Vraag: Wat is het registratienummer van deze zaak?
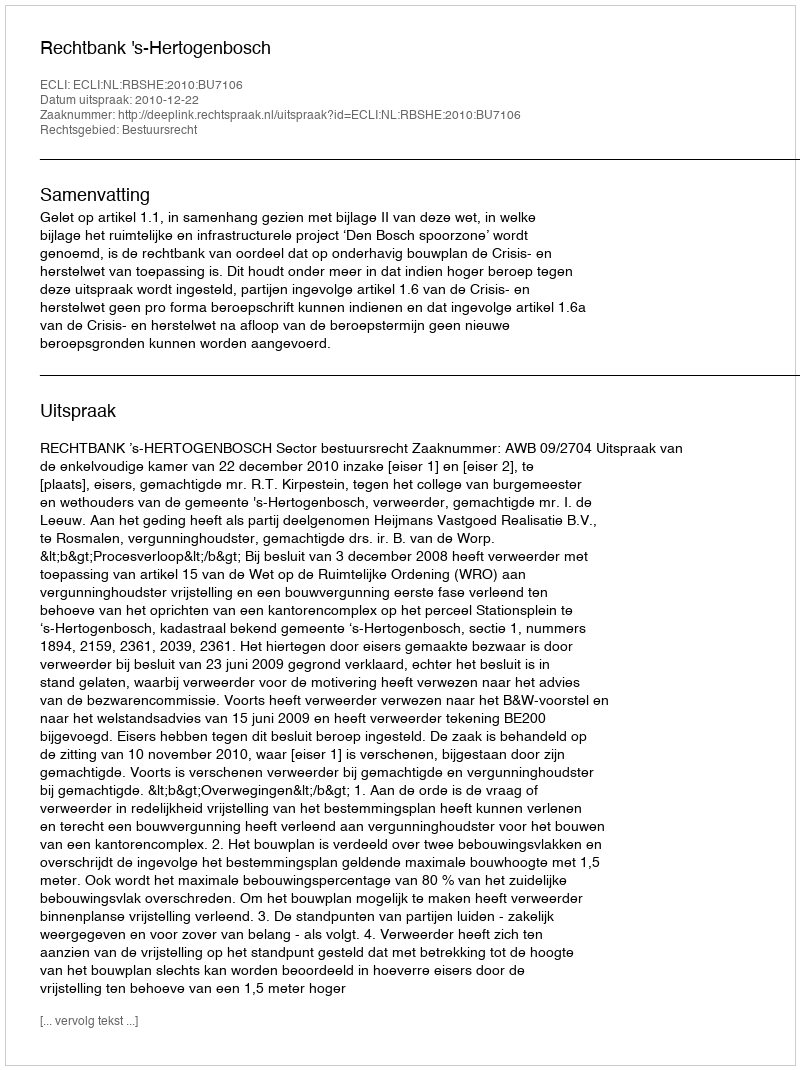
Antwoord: http://deeplink.rechtspraak.nl/uitspraak?id=ECLI:NL:RBSHE:2010:BU7106